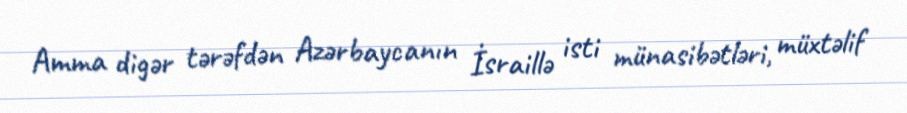
Amma digər tərəfdən Azərbaycanın İsraillə isti münasibətləri, müxtəlif